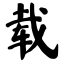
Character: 载